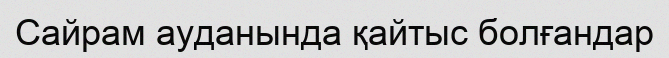
Сайрам ауданында қайтыс болғандар